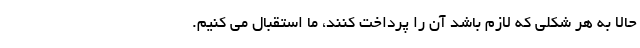
حالا به هر شکلی که لازم باشد آن را پرداخت کنند، ما استقبال می کنیم.